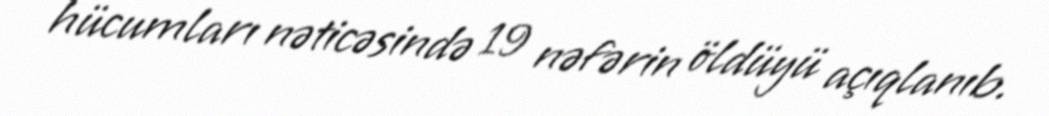
hücumları nəticəsində 19 nəfərin öldüyü açıqlanıb.